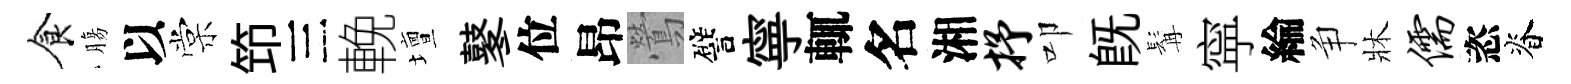
食膓以棠笻三輓壇鼕位昂鶯譬寧輒名湘抒叩既髯寜綸争牀儒恣脊